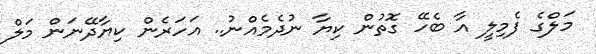
މަލްގެ ފެމިލީ އާ ބެހޭ ގޮތުން ކިޔާ ނުދެމެއްނު.. އަހަރެން ކިޔާދޭނަން މަލް